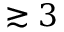
\gtrsim 3